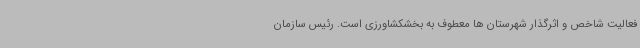
فعالیت شاخص و اثرگذار شهرستان ها معطوف به بخشکشاورزی است. رئیس سازمان